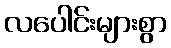
လပေါင်းများစွာ